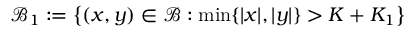
\mathcal { B } _ { 1 } : = \left\{ ( x , y ) \in \mathcal { B } : \operatorname* { m i n } \{ | x | , | y | \} > K + K _ { 1 } \right\}